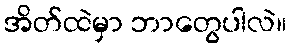
အိတ်ထဲမှာ ဘာတွေပါလဲ။